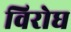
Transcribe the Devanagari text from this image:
विरोघ